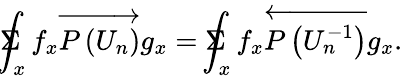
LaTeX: \Sigma\! \! \! \! \! \! \int_{x}f_{x}\overrightarrow{P\left(U_{n}\right)}g_{x}=\Sigma\! \! \! \! \! \! \int_{x}f_{x}\overleftarrow{P\left(U_{n}^{-1}\right)}g_{x}.